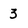
Character: 3